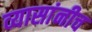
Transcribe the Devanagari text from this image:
व्यासांनीच